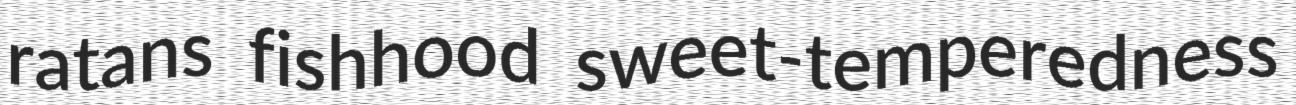
ratans fishhood sweet-temperedness